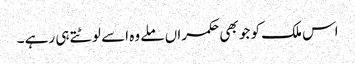
اس ملک کو جو بھی حکمراں ملے وہ اسے لوٹتے ہی رہے ۔